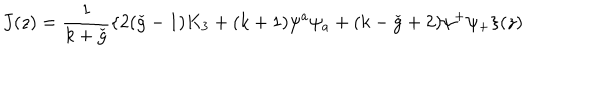
J ( z ) = \frac { 1 } { k + \check { g } } \{ 2 ( \check { g } - 1 ) K _ { 3 } + ( k + 1 ) \psi ^ { a } \psi _ { a } + ( k - \check { g } + 2 ) \psi ^ { + } \psi _ { + } \} ( z )